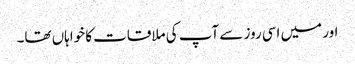
اور میں اسی روز سے آپ کی ملاقات کا خواہاں تھا۔